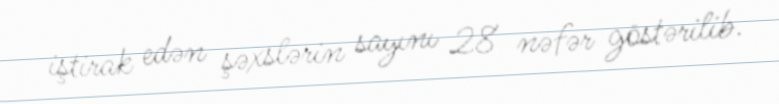
iştirak edən şəxslərin sayını 28 nəfər göstərilib.